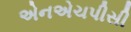
એનએચપીસી